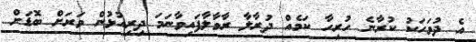
އެ ދުވަހަކު ކުރާނެ ހުރިހާ ކަމެއް ދުރާލާ ރާވާލާފައިވާނަމަ ދިރިއުޅުން ވަރަށް ބޮޑަށް